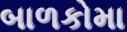
બાળકોમા